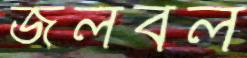
জলবল